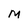
Character: M